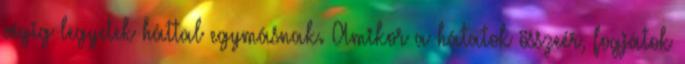
végig legyetek háttal egymásnak. Amikor a hátatok összeér, fogjátok